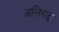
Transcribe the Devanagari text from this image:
अलिगढ़